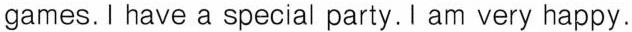
games.I have a special party. I am very happy.